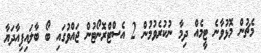
މެޗުން މޮޅުވާނެ ޓީމެއް ދިމާ ނުކުރެވުމުން 2 އެސްޓްރޮނޯޓުން ޖައްވުގައި ބޯ ބާލައިފިއާދަޔާ